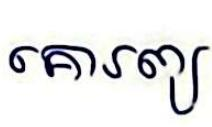
គោរព្យ